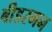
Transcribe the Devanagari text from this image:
बीडरमन